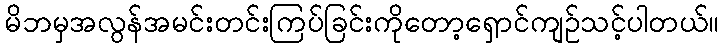
မိဘမှအလွန်အမင်းတင်းကြပ်ခြင်းကိုတော့ရှောင်ကျဉ်သင့်ပါတယ်။